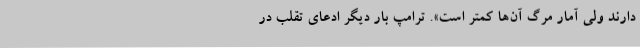
دارند ولی آمار مرگ آن‌ها کمتر است». ترامپ بار دیگر ادعای تقلب در